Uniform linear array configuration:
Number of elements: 4
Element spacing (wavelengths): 1
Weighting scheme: exponential
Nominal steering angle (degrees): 0
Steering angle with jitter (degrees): -0.7199
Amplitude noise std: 0.05
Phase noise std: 0.05

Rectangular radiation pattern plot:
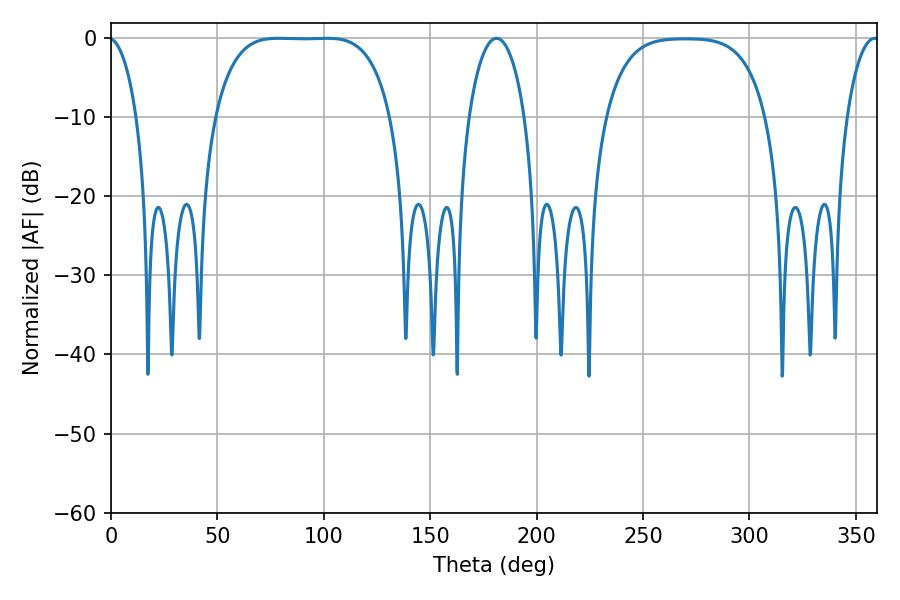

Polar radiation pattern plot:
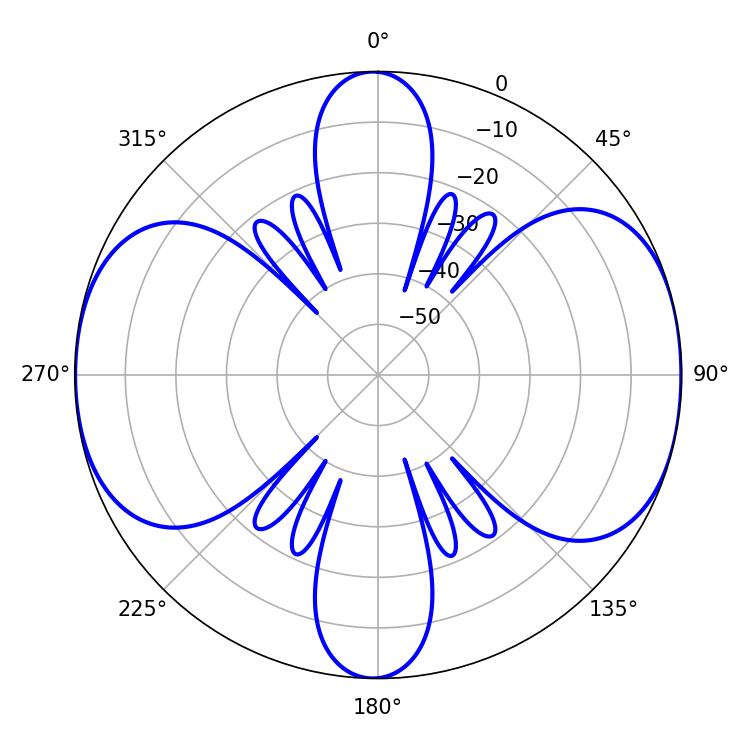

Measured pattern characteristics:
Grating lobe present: TRUE
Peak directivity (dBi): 11.314
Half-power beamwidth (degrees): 63.72
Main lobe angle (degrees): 78.48